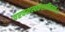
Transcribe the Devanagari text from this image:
परवशस्वकंशाक्तिसार्थः।।